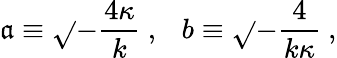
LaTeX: \mathfrak{a}\equiv\sqrt{}{{-{\frac{{4\kappa}}{{k}}}}}\ ,\ \ \ b\equiv\sqrt{}{{-{\frac{{4}}{{k\kappa}}}}}\ ,